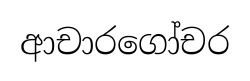
ආචාරගෝචර